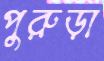
পুরুড়া